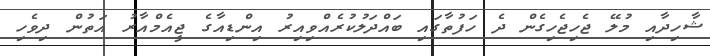
ޝާހިދާއި މުލޭ ޖެހިޖެހިގެން ދެ ހަފުތާގައި ބައްދަލުކުރެއްވިއިރު އިންޑިއާގެ ޖީއެމްއާރު އަތުން ދިވެހި